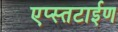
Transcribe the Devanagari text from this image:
एप्स्तटाईण